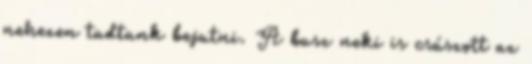
nehezen tudtunk bejutni. A busz neki is csúszott az